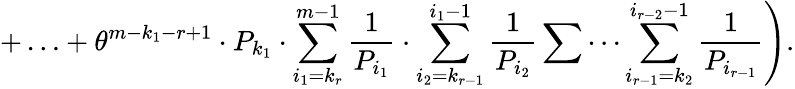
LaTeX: +\ldots+\theta^{m-k_{1}-r+1}\cdot P_{k_{1}}\cdot\sum_{i_{1}=k_{r}}^{m-1}\frac{1}{P_{i_{1}}}\cdot\sum_{i_{2}=k_{r-1}}^{i_{1}-1}\frac{1}{P_{i_{2}}}\sum\cdots\sum_{i_{r-1}=k_{2}}^{i_{r-2}-1}\frac{1}{P_{i_{r-1}}}\Bigg).